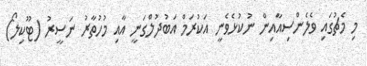
މި މެޗުގައި ވެލެންސިއާއިން ނުކުޅެވެނީ އަކުރަމް އަބުދުލްގަނީ އާއި މުހުތާރު ނަސީރު (ޓޫކިލޯ)